Vaccination in Bombay 1889-1901 - 1889-1901
Year: 1889
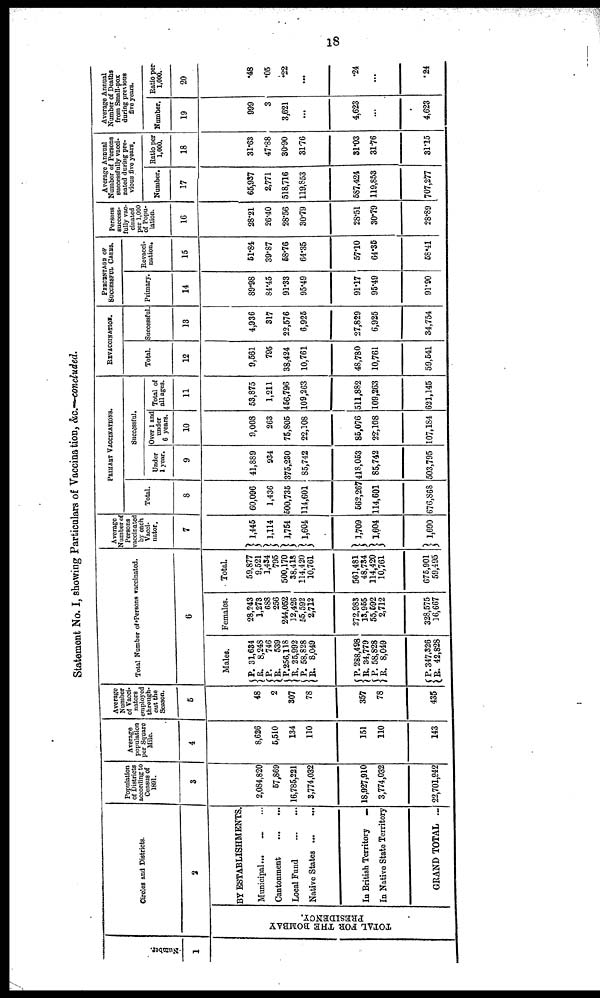
18
Statement No. I, showing Particulars of Vaccination, &c.—concluded.
Number.
1
Circles and Districts.
2
TOTAL FOR THE BOMBAY
PRESIDENCY.
BY ESTABLISHMENTS
Municipal... ... ...
Cantonment ... ...
Local Fund ... ...
Native States ...
...
In British Territory
...
In Native State Territory
GRAND TOTAL ...
Population
of Districts
according to
Census of
1891.
3
2,084,820
57,869
16,785,221
3,774,032
18,927,910
3,774,032
22,701,942
Average
population
per Square
Mile.
4
8,626
5,510
134
110
151
110
143
Average
Number
of Vacci¬
nators
employed
through-
out the
Season.
5
48
2
307
78
357
78
435
Total Number of Persons vaccinated.
6
Males.
P. R.
P. R.
P. R.
P. R.
P. R.
P.
R.
P. R.
31,634
8,248
746
539
256,118
25,992
58,828
8,049
288,498
34,779
58,828
8,049
347,326
42,828
Females.
28,243
1,273
688
256
244,052
12,426
55,592
2,712
272,983
13,955
55,592
2,712
328,575
16,667
Total.
59,877
9,521
1,434
795
500,170
38,418
114,420
10,761
561,481
48,734
114,420
10,761
675,901
59,495
Average
Number of
Persons
vaccinated
by each
Vacci¬
nator.
7
1,445
1,114
1,754
1,604
1,709
1,604
1,690
PRIMARY VACCINATIONS.
Total.
8
60,096
1,436
500,735
114,601
562,267
114,601
676,868
Successful.
Under
1 year.
9
41,889
934
375,230
85,742
418,053
85,742
503,795
Over 1 and
under
6 years.
10
9,008
263
75,805
22,108
85,076
22, 108
107,184
Total of
all ages.
11
53,875
1,211
456,796
109,263
511,882
109,263
621,145
REVACCINATION.
Total.
12
9,561
795
38,424
10,761
48,780
10,761
59,541
Successful
13
4,936
317
22,576
6,925
27,829
6,925
34,754
PERCENTAGE OF
SUCCESSFUL CASES.
Primary.
14
89.98
84.45
91.33
95.49
91.17
95.49
91.90
Revacci¬
nation.
15
51.84
39.87
58.76
64.35
57.10
64.35
58.41
Persons
success-
fully vac-
cinated
per 1,000
of Popu-
lation.
16
28.21
26.40
28.56
30.79
28.51
30.79
28.89
Average Annual
Number of Persons
successfully vacci-
nated during pre-
vious five years.
Number.
17
65,937
2,771
518,716
119,853
587,424
119,853
707,277
Ratio per
1,000.
18
31.63
47.88
30.90
31.76
31.03
31.76
31.15
Average Annual
Number of Deaths
from Small-pox
during previous
five years.
Number.
19
999
3
3,621
...
4,623
...
4,623
Ratio per
1,000.
20
.48
.05
.22
...
.24
...
.24